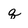
Character: q